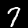
Digit: 7